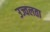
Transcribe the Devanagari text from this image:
उज्वलता